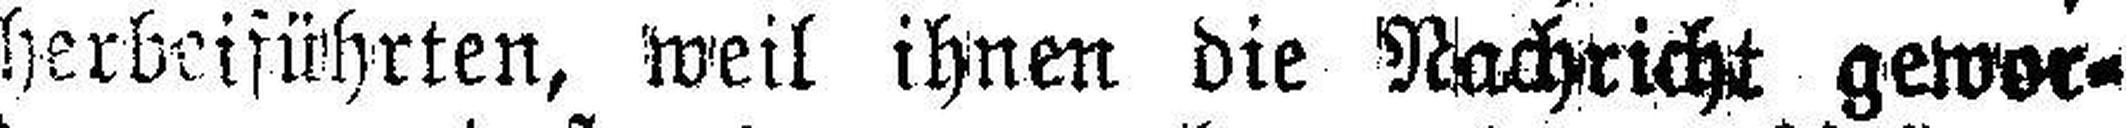
herbeiführten, weil ihnen die Nachricht gewor¬